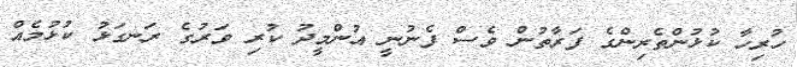
ހުރިހާ ކުޅުންތެރިންގެ ފަރާތުން ވެސް ފެނުނީ އުންމީދު ކުރި ވަރުގެ ރަނގަޅު ކުޅުމެއް